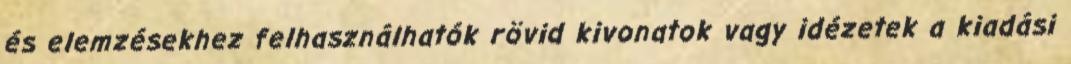
és elemzésekhez felhasználhatók rövid kivonatok vagy idézetek a kiadási